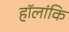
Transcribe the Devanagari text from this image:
हॉलांकि